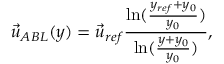
\vec { u } _ { A B L } ( y ) = \vec { u } _ { r e f } \frac { \ln ( \frac { y _ { r e f } + y _ { 0 } } { y _ { 0 } } ) } { \ln ( \frac { y + y _ { 0 } } { y _ { 0 } } ) } ,